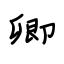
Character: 卿